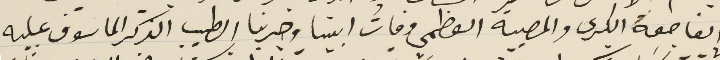
الفاجعة الكبرى والمصيبة العظمى وفاتُ ابينا وحبرنا الطيب الذكر الماسوف عليه